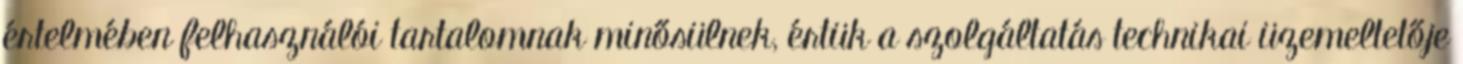
értelmében felhasználói tartalomnak minősülnek, értük a szolgáltatás technikai üzemeltetője